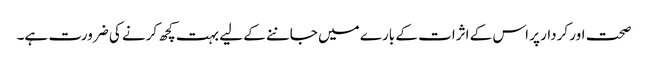
صحت اور کردار پر اس کے اثرات کے بارے میں جاننے کے لیے بہت کچھ کرنے کی ضرورت ہے۔